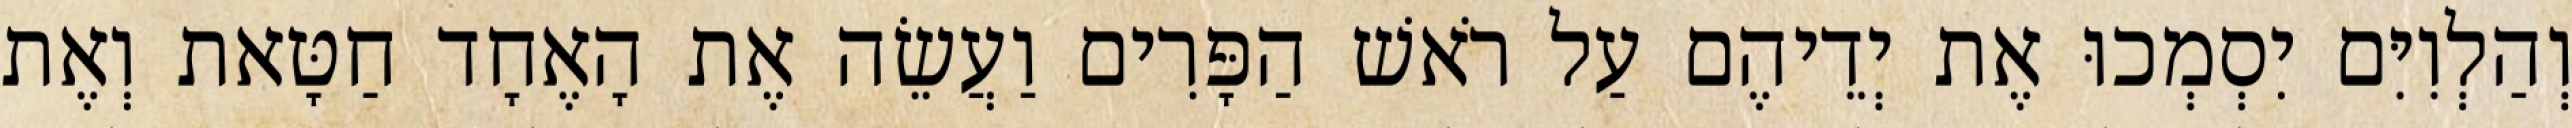
וְהַלְוִיִּם יִסְמְכוּ אֶת יְדֵיהֶם עַל רֹאשׁ הַפָּרִים וַעֲשֵׂה אֶת הָאֶחָד חַטָּאת וְאֶת